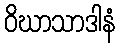
ဝိဃာသာဒါနံ